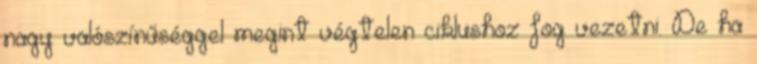
nagy valószínűséggel megint végtelen ciklushoz fog vezetni. De ha